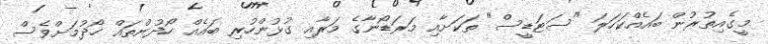
މީގެއިތުރުން ބައެއްކަހަލަ "ސަޓަޑީސް" ތަކަށާއި މަރަޑޯނާގެ މަރާއި ގުޅުންހުރި ބައެއް ހޯދުންތައް ހޯދުމަށްވެސް